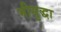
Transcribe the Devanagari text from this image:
मीसुद्धा